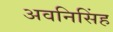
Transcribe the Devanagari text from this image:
अवनिसिंह